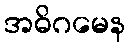
အဓိဂမေန